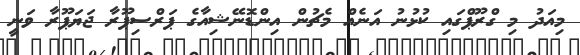
މިއަދު މި ގްރޫޕްގައި ކުޅުނު އަނެއް މެޗުން އިންޑޮނޭޝިއާގެ ޕަރްސިޕޫރާ ޖަޔަޕޫރާ ވަނީ